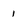
Character: 1